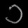
Digit: ၁